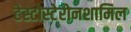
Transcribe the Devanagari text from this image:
टेस्टोस्टेरोनशामिल